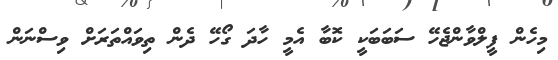
މިހެން ފީލްވާންޖެހޭ ސަބަބަކީ ކޮބާ އެމީ ހާދަ ގޯހޭ ދެން ތިވައްތަރަށް ވިސްނަން